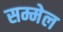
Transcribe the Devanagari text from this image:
सम्मेल